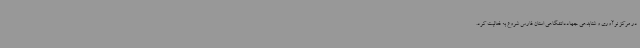
در مرکز نوآوری و شتابدهی جهاددانشگاهی استان فارس شروع به فعالیت کرد.